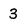
Character: 3